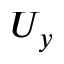
U _ { y }